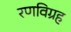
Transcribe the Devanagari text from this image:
रणविग्रह